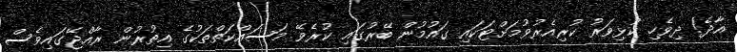
އާދެ! ދިވެހި ކުޅިވަރު ކުރިއެރުވުމަށްޓަކައި ގައުމުން ބޭރުގައި ކުރެވޭ މަސައްކަތްތަކުގެ އިތުރުން ރާއްޖޭގައިވެސް